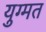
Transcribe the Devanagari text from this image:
युग्मत